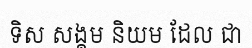
ទិស សង្គម និយម ដែល ជា